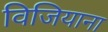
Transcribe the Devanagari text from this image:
विजियाना